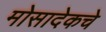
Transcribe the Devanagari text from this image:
मोसादेकचे